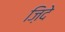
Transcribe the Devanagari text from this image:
ज़िदे